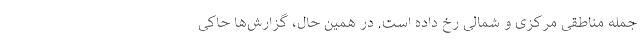
جمله مناطقی مرکزی و شمالی رخ داده است. در همین حال، گزارش‌ها حاکی